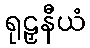
ရုဠှနီယံ